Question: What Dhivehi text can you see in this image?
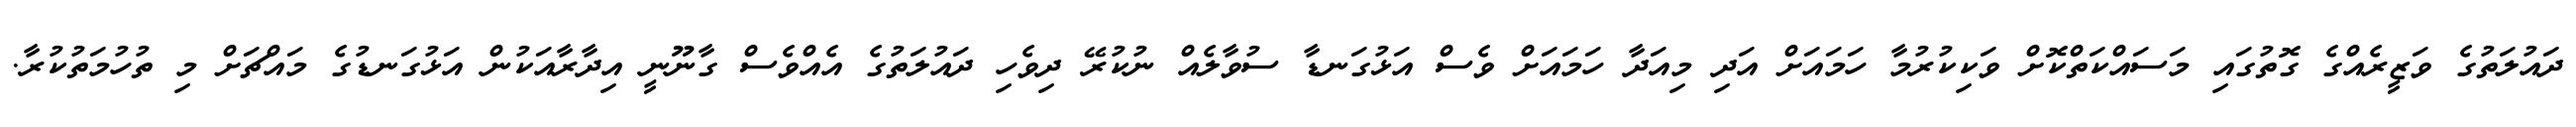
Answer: ދައުލަތުގެ ވަޒީރެއްގެ ގޮތުގައި މަސައްކަތްކޮށް ވަކިކުރުމާ ހަމައަށް އަދި މިއަދާ ހަމައަށް ވެސް އަޅުގަނޑާ ސުވާލެއް ނުކުރޭ ދިވެހި ދައުލަތުގެ އެއްވެސް ގާނޫނީ އިދާރާއަކުން އަޅުގަނޑުގެ މައްޗަށް މި ތުހުމަތުކުރާ.